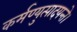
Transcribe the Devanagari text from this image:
कर्मण्युत्पादयन्ते।